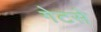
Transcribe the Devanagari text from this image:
गेटसे